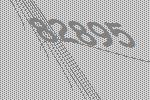
82895